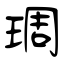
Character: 琱